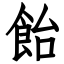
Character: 飴